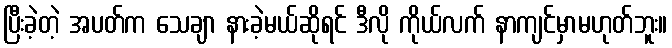
ပြီးခဲ့တဲ့ အပတ်က သေချာ နားခဲ့မယ်ဆိုရင် ဒီလို ကိုယ်လက် နာကျင်မှာမဟုတ်ဘူး။